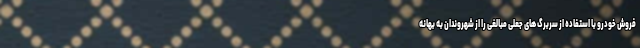
فروش خودرو با استفاده از سربرگ های جعلی مبالغی را از شهروندان به بهانه